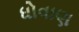
ધોવાણ